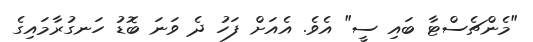
"މެންޗެސްޓާ ބައި ސީ" އެވެ. އެއަށް ފަހު ދެ ވަނަ ބޮޑު ހަނގުރާމައިގެ